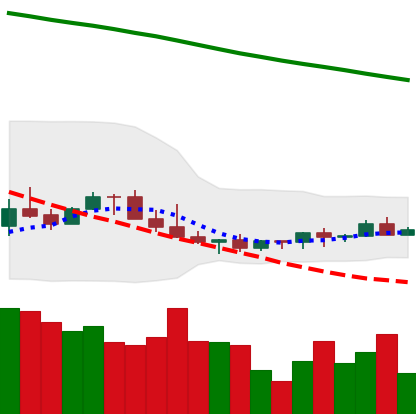
Ticker: LINK-USD
Chart end date: 2022-07-09
Forward return: -3.611%
Label: down_3_5